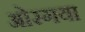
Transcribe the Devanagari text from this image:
ओरगया